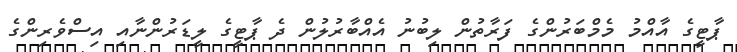
ޕާޓީގެ އާއްމު މެމްބަރުންގެ ފަރާތުން ލިބުނު އެއްބާރުލުން ދެ ޕާޓީގެ ލީޑަރުންނާއި އިސްވެރިންގެ